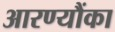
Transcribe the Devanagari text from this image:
आरण्यौंका